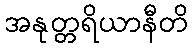
အနုတ္တရိယာနီတိ